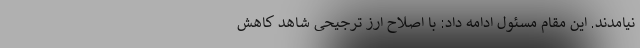
نیامدند. این مقام مسئول ادامه داد: با اصلاح ارز ترجیحی شاهد کاهش